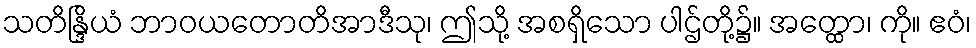
သတိန္ဒြိယံ ဘာဝယတောတိအာဒီသု၊ ဤသို့ အစရှိသော ပါဌ်တို့၌။ အတ္ထော၊ ကို။ ဧဝံ၊